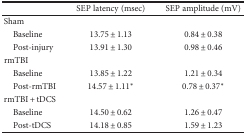
|  | SEP latency (msec) | SEP amplitude (mV) |
 | --- | --- | --- |
 | Sham |  |  |
 | Baseline | 13.75 ± 1.13 | 0.84 ± 0.38 |
 | Post-injury | 13.91 ± 1.30 | 0.98 ± 0.46 |
 | rmTBI |  |  |
 | Baseline | 13.85 ± 1.22 | 1.21 ± 0.34 |
 | Post-rmTBI | 14.57 ± 1.11∗ | 0.78 ± 0.37∗ |
 | rmTBI + tDCS |  |  |
 | Baseline | 14.50 ± 0.62 | 1.26 ± 0.47 |
 | Post-tDCS | 14.18 ± 0.85 | 1.59 ± 1.23 |